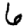
Digit: 6